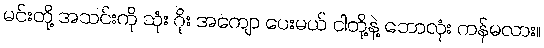
မင်းတို့ အသင်းကို သုံး ဂိုး အကျော ပေးမယ် ငါတို့နဲ့ ဘောလုံး ကန်မလား။